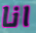
انا